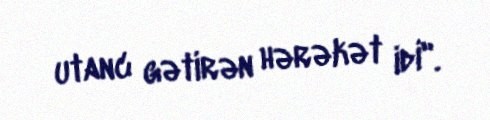
utanc gətirən hərəkət idi".